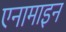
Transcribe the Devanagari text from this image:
एनामाइन